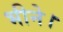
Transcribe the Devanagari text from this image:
भीने।